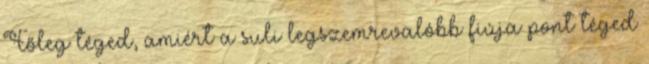
Főleg téged, amiért a suli legszemrevalóbb fiúja pont téged